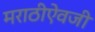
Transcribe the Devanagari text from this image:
मराठीऐवजी